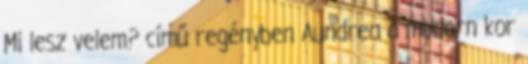
Mi lesz velem? című regényben Aundrea a modern kor